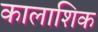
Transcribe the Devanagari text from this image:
कालाशिक